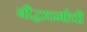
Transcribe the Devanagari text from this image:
बौद्धधर्माची